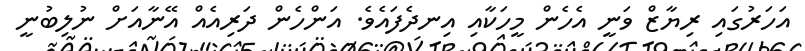
އަހަރުގައި ރިޔާޒް ވަނީ އެހެން މީހަކާއި އިނދެފައެވެ. އަންހެން ދަރިއެއް އޭނާއަށް ނުލިބުނީ